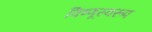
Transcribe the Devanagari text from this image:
विष्णूस्वरूप